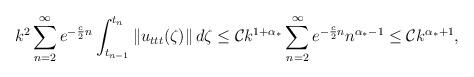
LaTeX: \begin{align*} & k^2 \sum\limits_{n=2}^{\infty}e^{-\frac{c}{2}n} \int_{t_{n-1}}^{t_{n}} \left\|u_{ttt}(\zeta)\right\| d\zeta \leq \mathcal{C} k^{1+\alpha_*} \sum\limits_{n=2}^{\infty}e^{-\frac{c}{2}n} n^{\alpha_*-1} \leq \mathcal{C}k^{\alpha_*+1}, \end{align*}